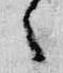
々